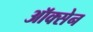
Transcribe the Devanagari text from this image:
ऑक्सेन